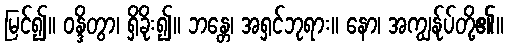
မြင်၍။ ဝန္ဒိတွာ၊ ရှိခိုး၍။ ဘန္တေ၊ အရှင်ဘုရား။ နော၊ အကျွန်ုပ်တို့၏။